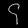
Digit: ၄